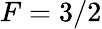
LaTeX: F=3/2